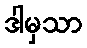
ဒါမှသာ